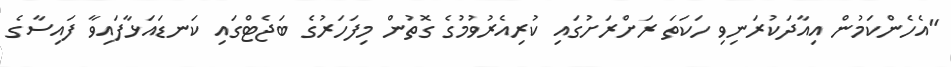
"އެހެންކަމުން އިއާދަކުރަނިވި ހަކަތަ ރަށްރަށުގައި ކުރިއެރުވުމުގެ ގޮތުން މިފަހަރުގެ ބަޖެޓްގައި ކަނޑައަޅާފައިވާ ފައިސާގެ